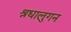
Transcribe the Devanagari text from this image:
श्रधालुगन